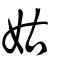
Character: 姑